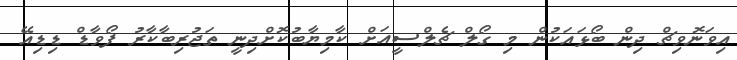
އިވަނޮވިޗް ދިން ބޯޅައަކުން މި ގޯލް ޗެލްސީއަށް ކާމިޔާބުކޮށްދިނީ ތަޖުރިބާކާރު ފޯވާޑް ޑިޑިއޭ